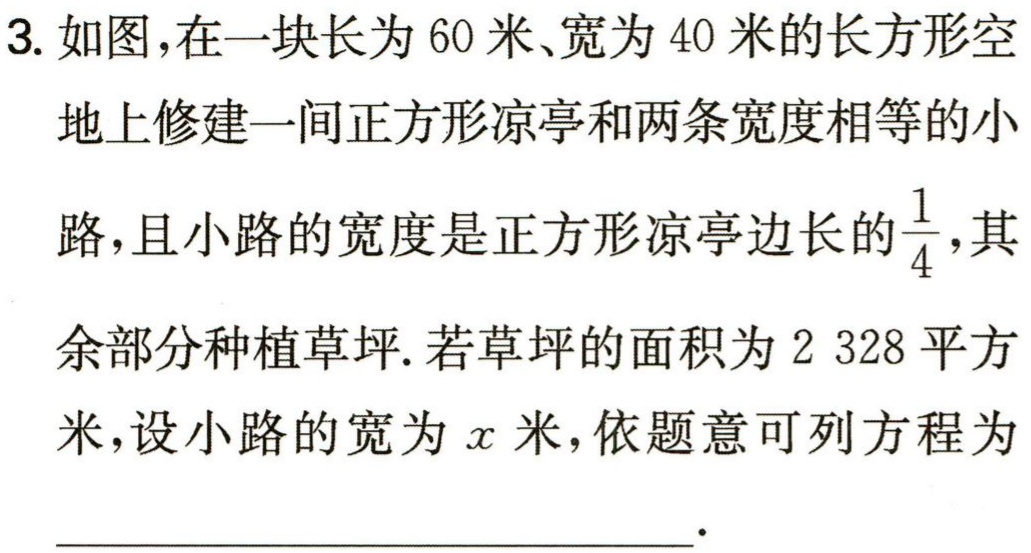
$60\times40 - 4x\times4x - 60x - 40x + x^{2}=2328$